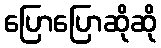
ပြောပြောဆိုဆို